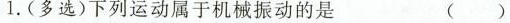
1.(多选)下列运动属于机械振动的是（）